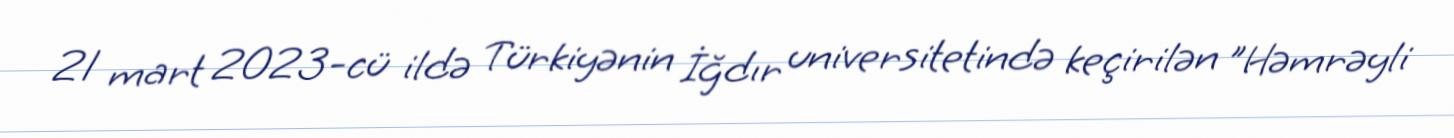
21 mart 2023-cü ildə Türkiyənin İğdır universitetində keçirilən "Həmrəyli